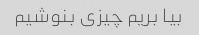
بیا بریم چیزی بنوشیم